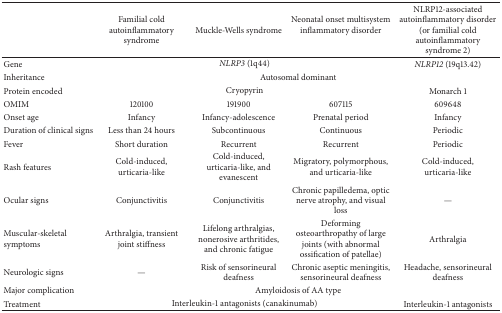
|  | Familial cold autoinflammatory syndrome | Muckle-Wells syndrome | Neonatal onset multisystem inflammatory disorder | NLRP12-associated autoinflammatory disorder (or familial cold autoinflammatory syndrome 2) |
 | --- | --- | --- | --- | --- |
 | Gene | <COLSPAN=3> NLRP3 (1q44) | NLRP12 (19q13.42) |
 | Inheritance | <COLSPAN=4> Autosomal dominant |
 | Protein encoded | <COLSPAN=3> Cryopyrin | Monarch 1 |
 | OMIM | 120100 | 191900 | 607115 | 609648 |
 | Onset age | Infancy | Infancy-adolescence | Prenatal period | Infancy |
 | Duration of clinical signs | Less than 24 hours | Subcontinuous | Continuous | Periodic |
 | Fever | Short duration | Recurrent | Recurrent | Periodic |
 | Rash features | Cold-induced, urticaria-like | Cold-induced, urticaria-like, and evanescent | Migratory, polymorphous, and urticaria-like | Cold-induced, urticaria-like |
 | Ocular signs | Conjunctivitis | Conjunctivitis | Chronic papilledema, optic nerve atrophy, and visual loss | — |
 | Muscular-skeletal symptoms | Arthralgia, transient joint stiffness | Lifelong arthralgias, nonerosive arthritides, and chronic fatigue | Deforming osteoarthropathy of large joints (with abnormal ossification of patellae) | Arthralgia |
 | Neurologic signs | — | Risk of sensorineural deafness | Chronic aseptic meningitis, sensorineural deafness | Headache, sensorineural deafness |
 | Major complication | <COLSPAN=4> Amyloidosis of AA type |
 | Treatment | <COLSPAN=3> Interleukin-1 antagonists (canakinumab) | Interleukin-1 antagonists |